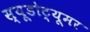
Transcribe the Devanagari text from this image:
स्यूडोट्यूमर